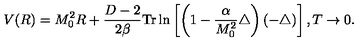
V ( R ) = M _ { 0 } ^ { 2 } R + \frac { D - 2 } { 2 \beta } \mathrm { T r } \ln \left[ \left( 1 - \frac { \alpha } { M _ { 0 } ^ { 2 } } \triangle \right) ( - \triangle ) \right] , T \to 0 .